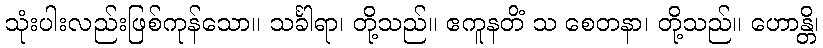
သုံးပါးလည်းဖြစ်ကုန်သော။ သင်္ခါရာ၊ တို့သည်။ ဧကူနတိံ သ စေတနာ၊ တို့သည်။ ဟောန္တိ၊